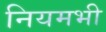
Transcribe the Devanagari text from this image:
नियमभी